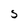
Character: S